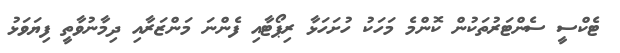
ޓެކްސީ ސެންޓަރުތަކުން ކޮންމެ މަހަކު ހުށަހަޅާ ރިޕޯޓާއި ފެންނަ މަންޒަރާއި ދިމާނުވާތީ ފިޔަވަޅު